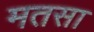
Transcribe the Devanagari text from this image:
मतसा